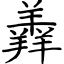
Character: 羴